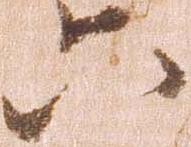
六